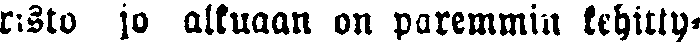
risto jo alkuaan on paremmin kehitty-